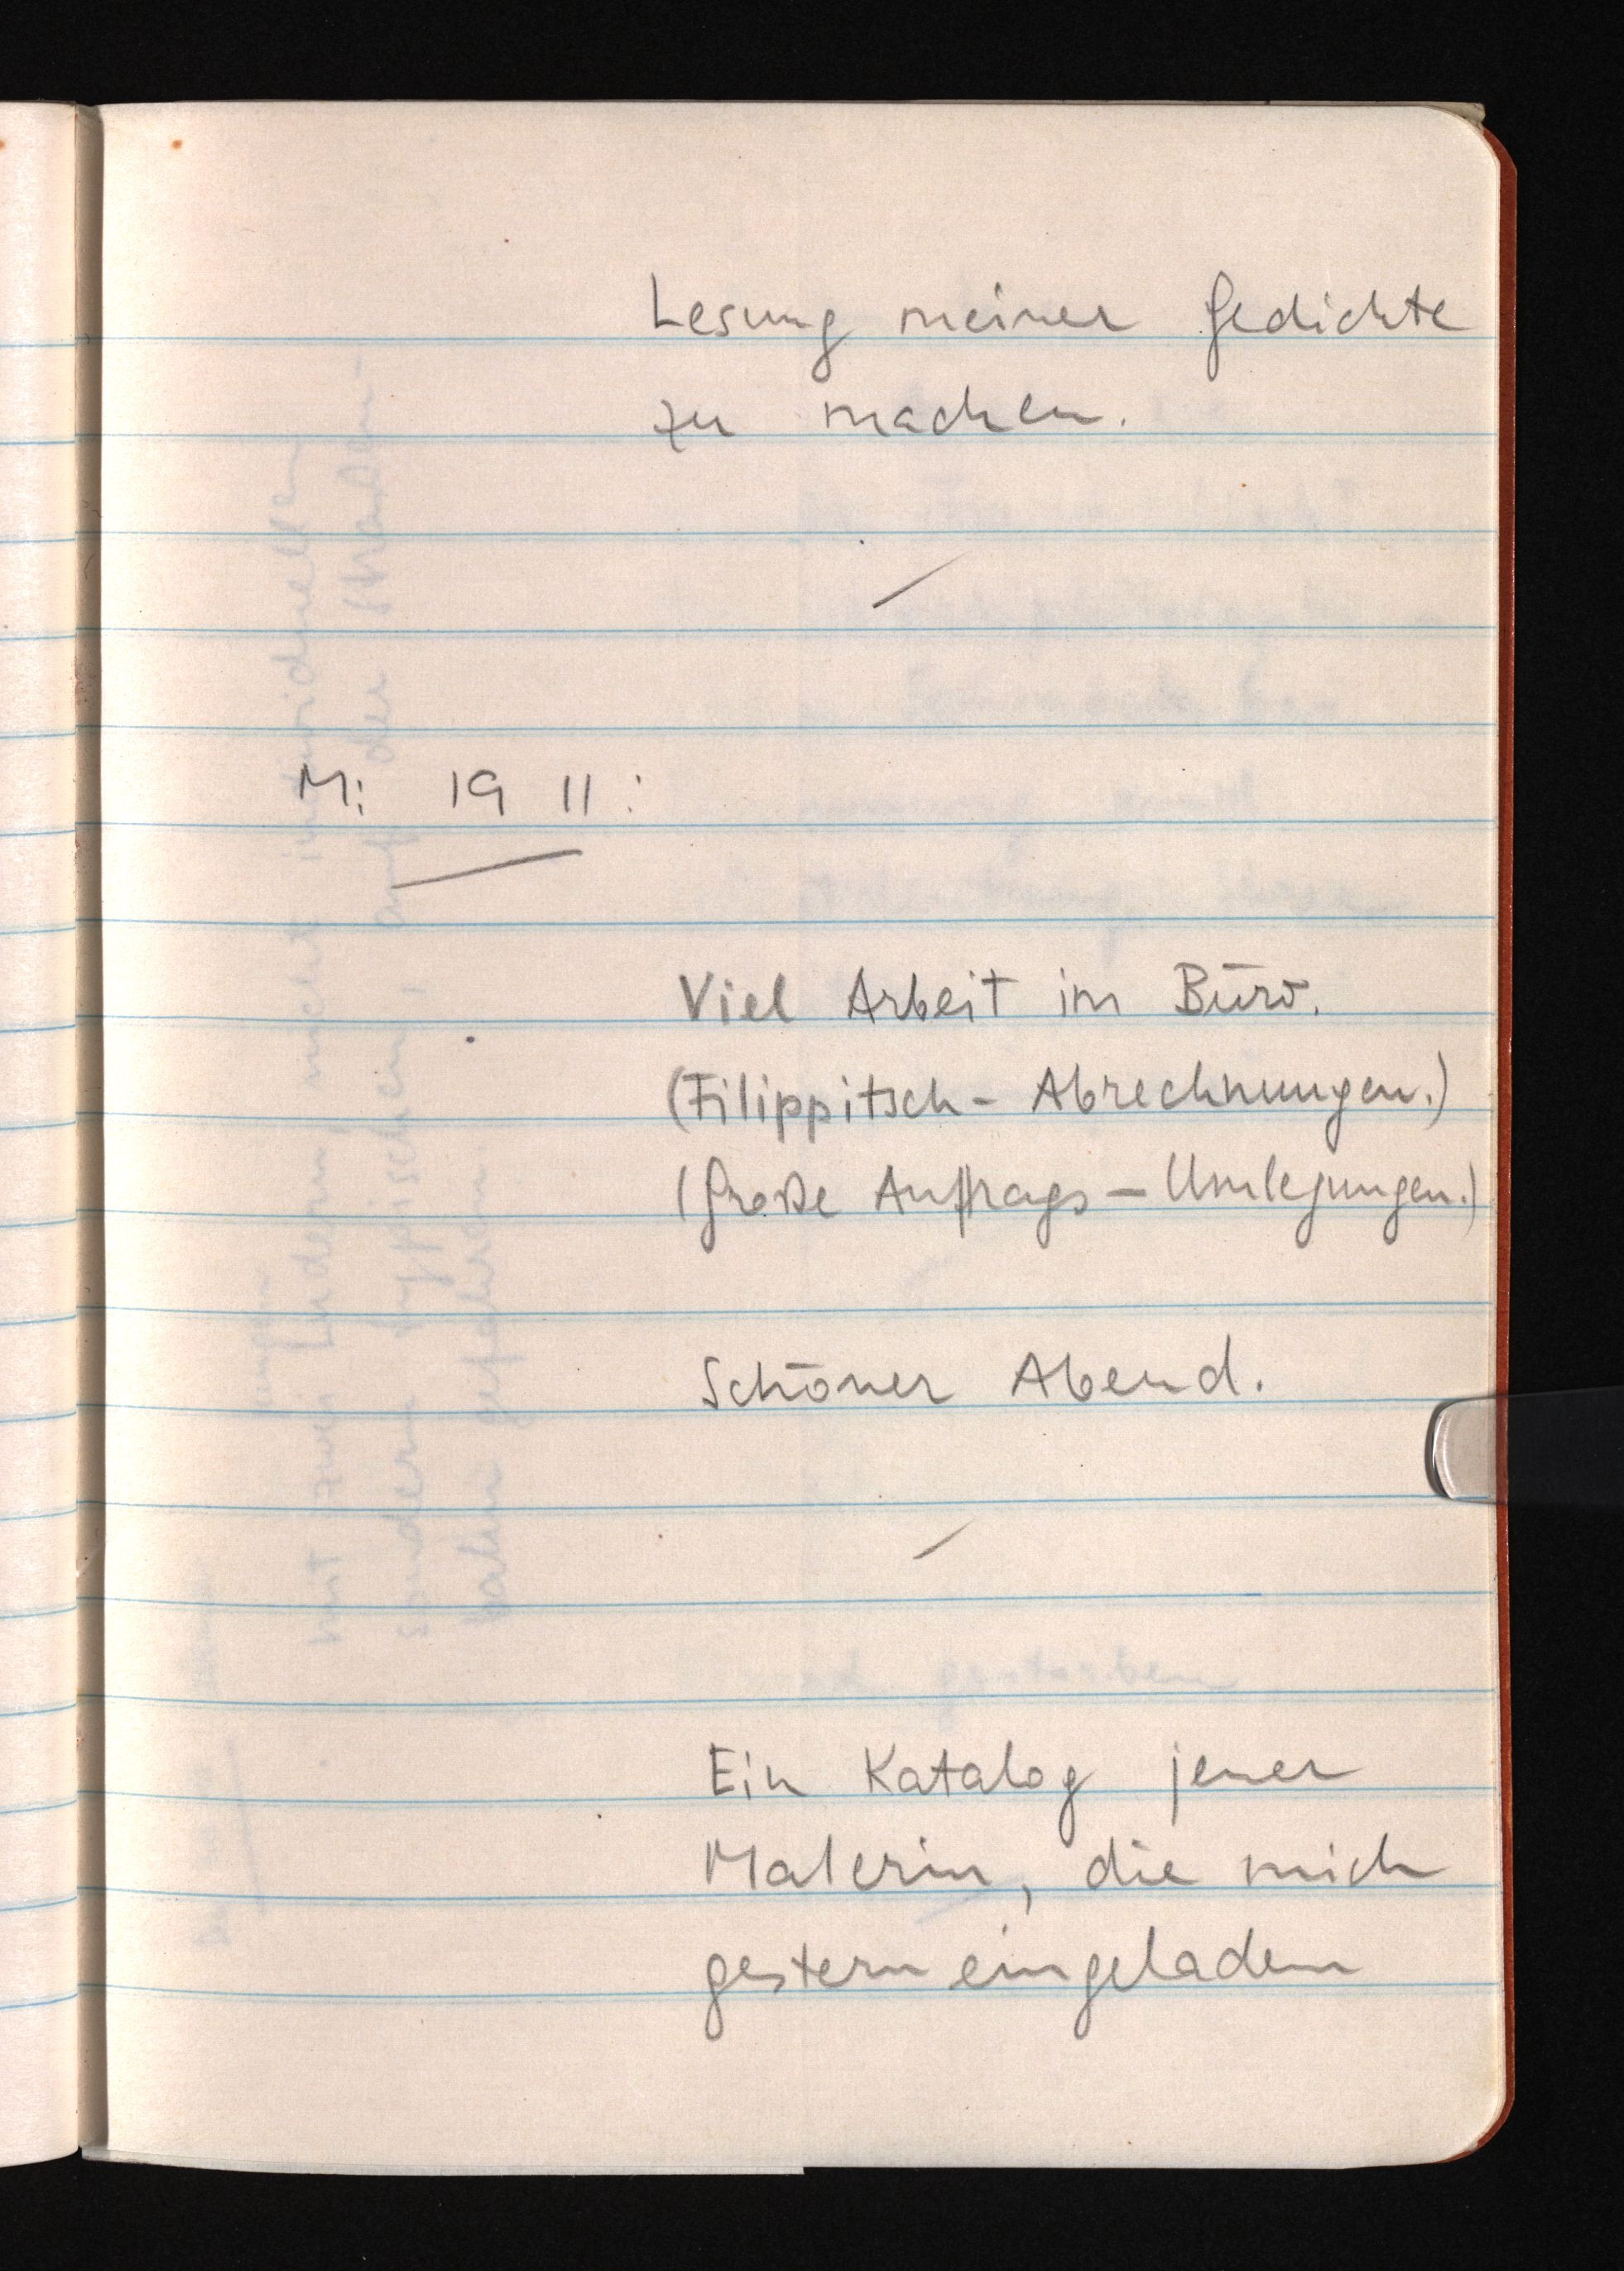
Lesung meiner Gedichte
zu machen.
Mi 19 11:
Viel Arbeit im Büro.
(Filippitsch-Abrechnungen.)
(Große Auftrags-Umlegungen.)
Schöner Abend.
Ein Katalog jener
Malerin, die mich
gestern eingeladen